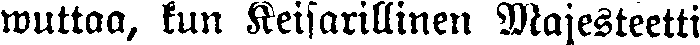
wuttaa, kun Keisarillinen Majesteetti